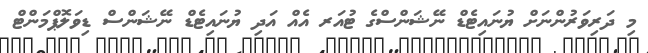
މި ދަރިވަރުންނަށް ޔުނައިޓެޑް ނޭޝަންސްގެ ޓުއަރ އެއް އަދި ޔުނައިޓެޑް ނޭޝަންސް ޑިވަލޮޕްމަންޓް